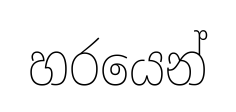
හරයෙන්